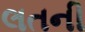
લતની